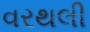
વરથલી